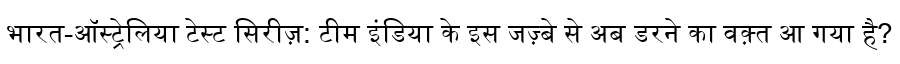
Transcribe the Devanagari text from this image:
भारत-ऑस्ट्रेलिया टेस्ट सिरीज़: टीम इंडिया के इस जज़्बे से अब डरने का वक़्त आ गया है?